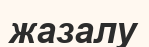
жазалу